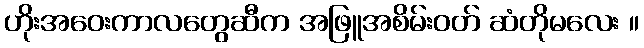
ဟိုးအဝေးကာလတွေဆီက အဖြူအစိမ်းဝတ် ဆံတိုမလေး ။